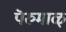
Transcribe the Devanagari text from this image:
पॆरुमाळ्